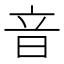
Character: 音